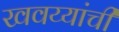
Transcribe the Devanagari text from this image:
खवय्यांची